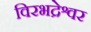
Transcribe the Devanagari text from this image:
विरभद्रेश्वर